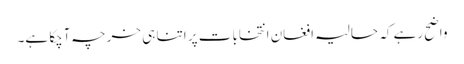
واضح رہے کہ حالیہ افغان انتخابات پر اتنا ہی خرچہ آچکا ہے۔